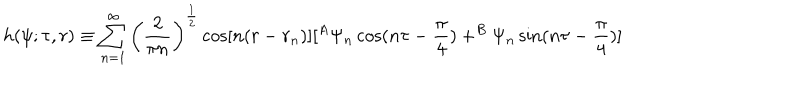
LaTeX: h ( \psi ; \tau , r ) \equiv \sum _ { n = 1 } ^ { \infty } \left( \frac 2 { \pi n } \right) ^ { \frac 1 2 } \cos [ n ( r - r _ { n } ) ] [ ^ { A } \Psi _ { n } \cos ( n \tau - \frac \pi 4 ) + ^ { B } \Psi _ { n } \sin ( n \tau - \frac \pi 4 ) ]